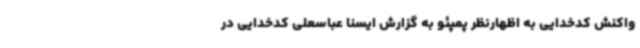
واکنش کدخدایی به اظهارنظر پمپئو به گزارش ایسنا عباسعلی کدخدایی در